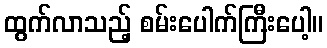
ထွက်လာသည့် စမ်းပေါက်ကြီးပေါ့။